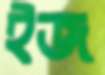
ইজ